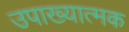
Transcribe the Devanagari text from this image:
उपाख्यात्मक